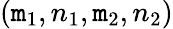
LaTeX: (\mathtt{m}_{1},n_{1},\mathtt{m}_{2},n_{2})